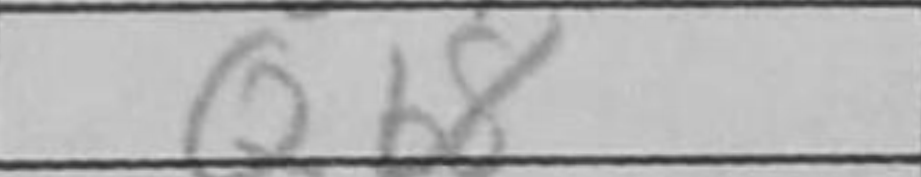
Transcription: Qb8